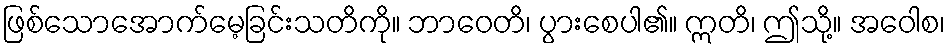
ဖြစ်သောအောက်မေ့ခြင်းသတိကို။ ဘာဝေတိ၊ ပွားစေပါ၏။ ဣတိ၊ ဤသို့။ အဝေါစ၊